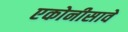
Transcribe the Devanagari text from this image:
एकोनीसावे